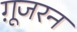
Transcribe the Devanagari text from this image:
ग़ूजरन